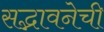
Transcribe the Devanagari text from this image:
सद्भावनेची